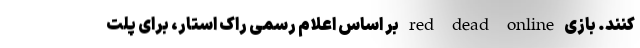
کنند. بازی red dead online بر اساس اعلام رسمی راک استار، برای پلت